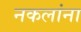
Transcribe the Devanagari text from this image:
नकलांना